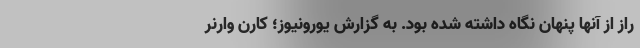
راز از آنها پنهان نگاه داشته شده بود. به گزارش یورونیوز؛ کارن وارنر